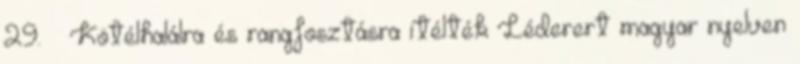
29. ↑ Kötélhalálra és rangfosztásra ítélték Léderert magyar nyelven